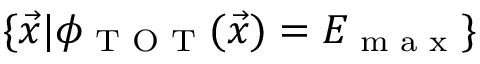
\{ \vec { x } | \phi _ { \textrm { T O T } } ( \vec { x } ) = E _ { \textrm { m a x } } \}